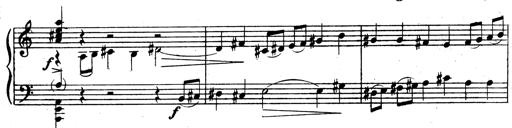
Title: 3 Sonatinas for Piano
Composer: Vissarion Shebalin